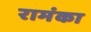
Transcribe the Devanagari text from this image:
रामंका